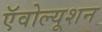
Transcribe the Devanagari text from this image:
ऍवोल्यूशन